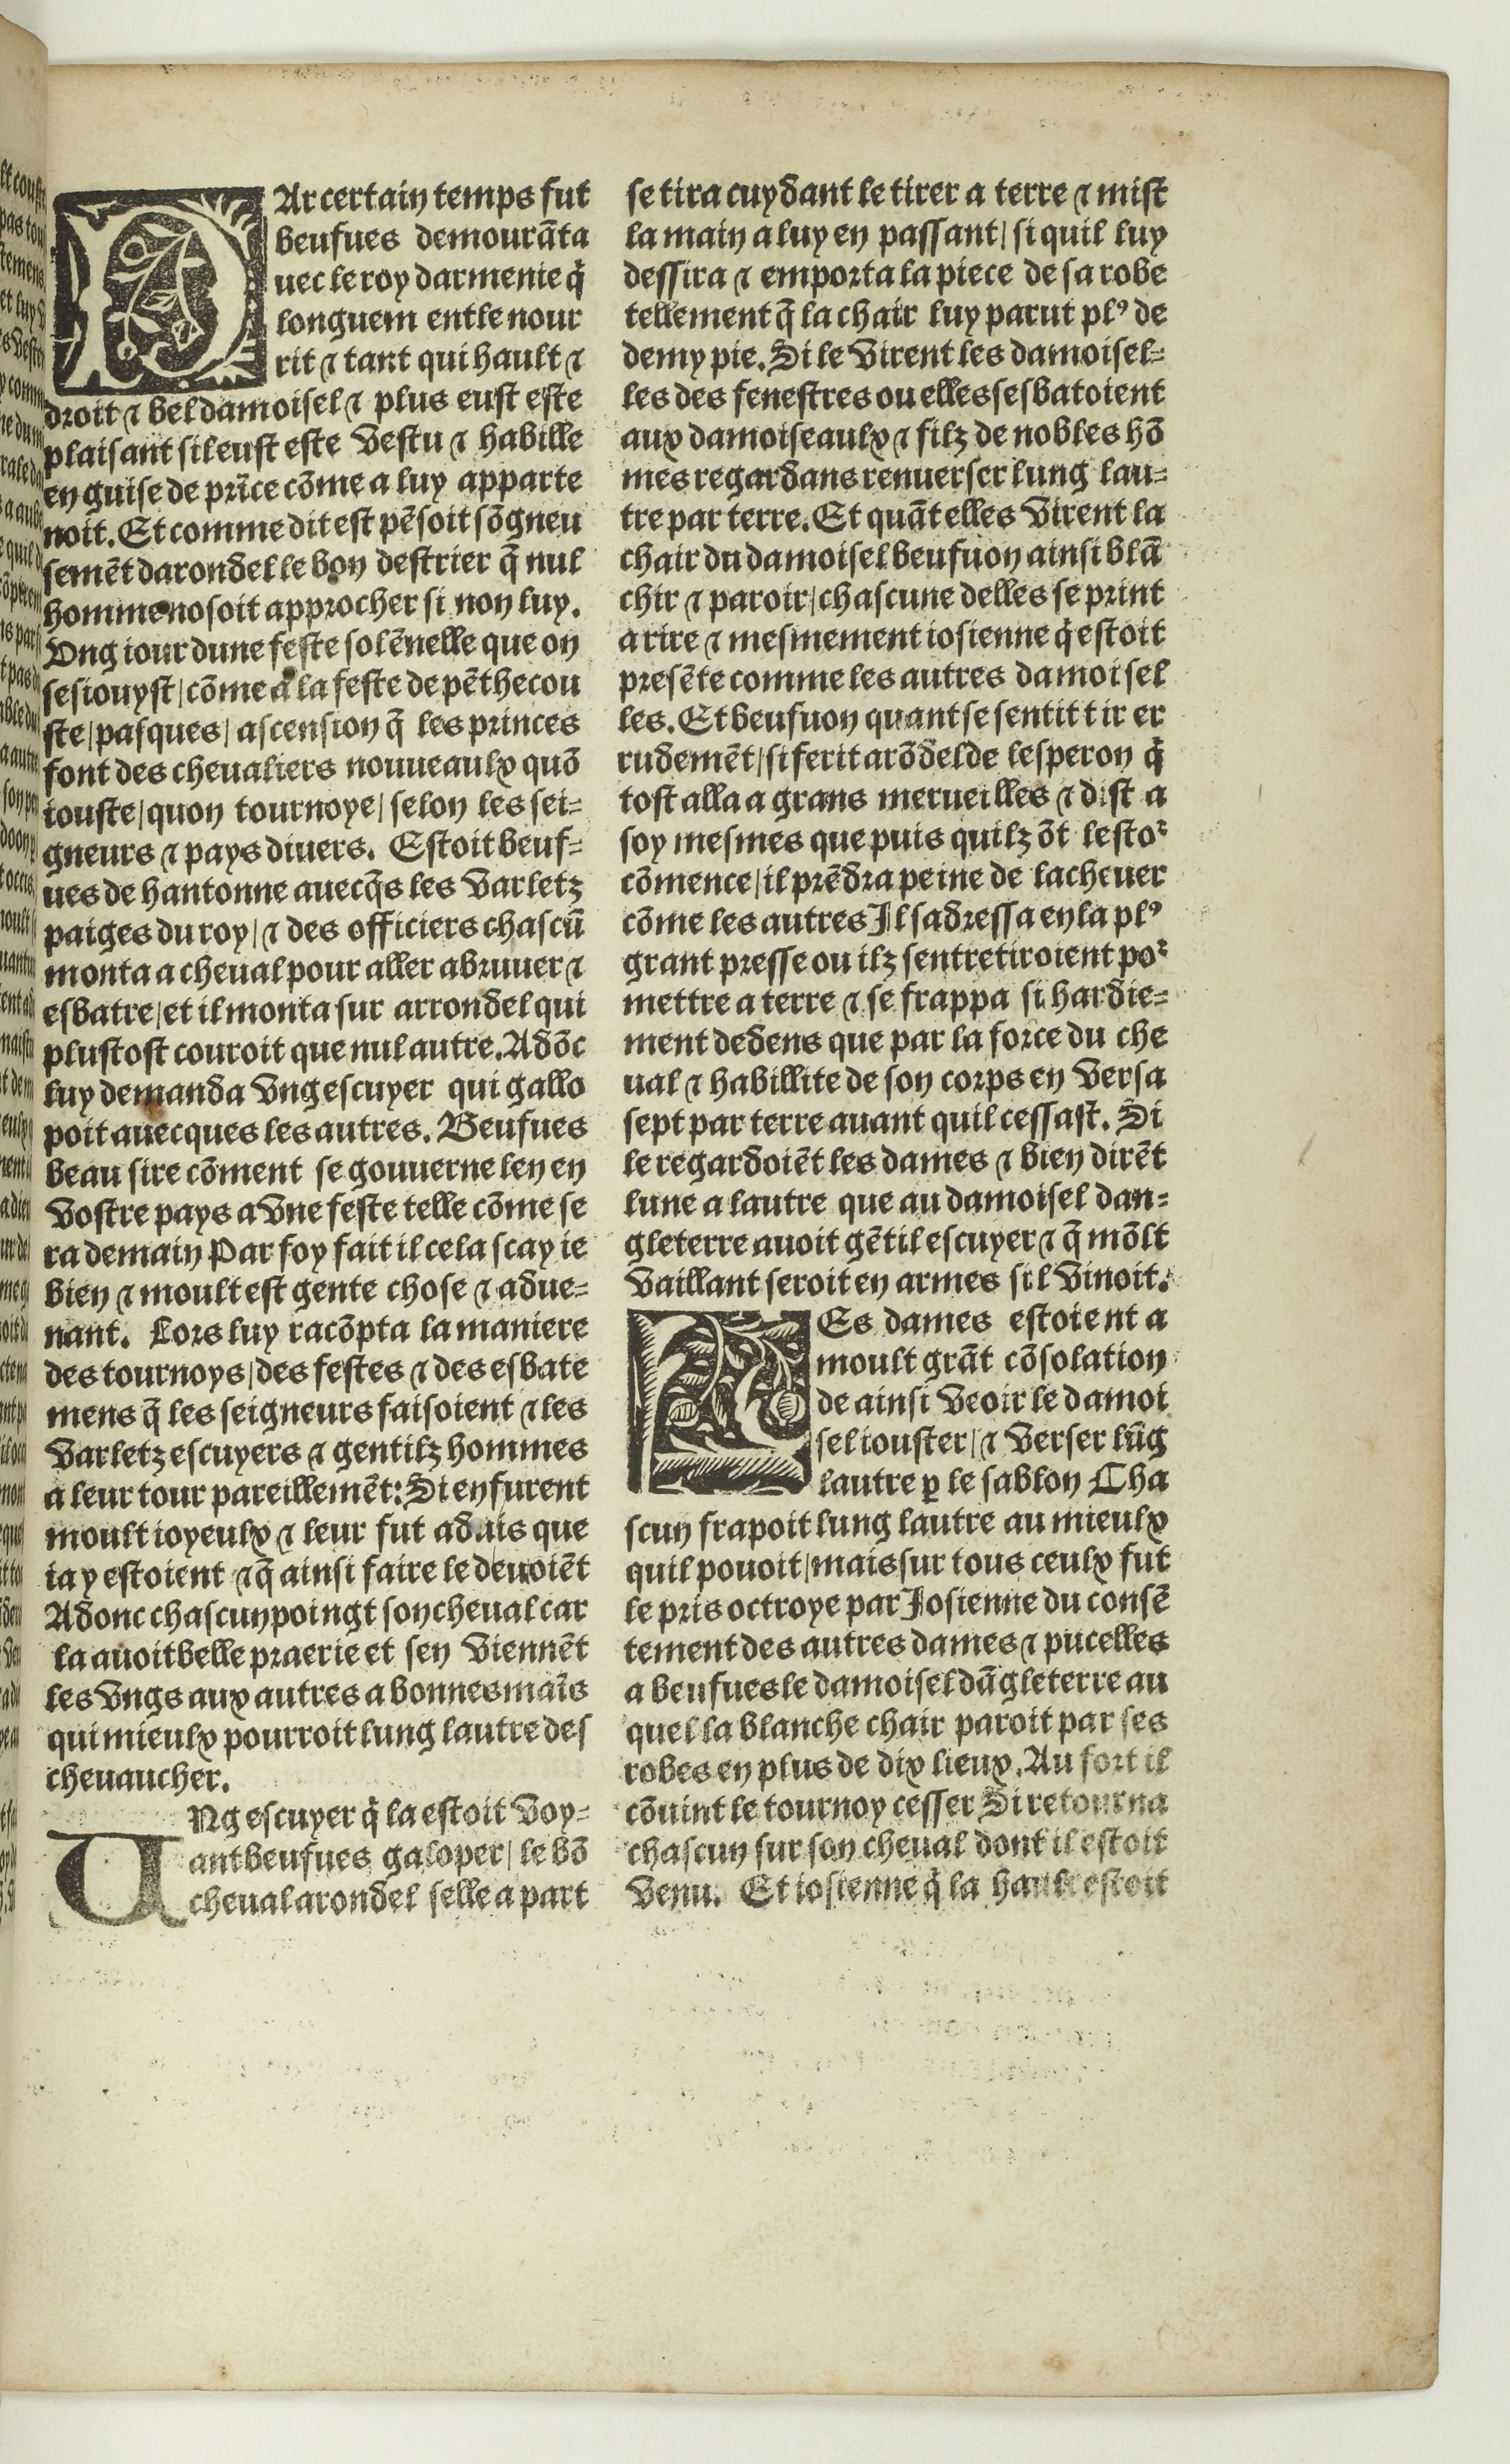
Shelfmark: Paris, BnF, Rés. Y2-674
Century: 16